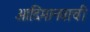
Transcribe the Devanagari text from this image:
आदिमानवाची